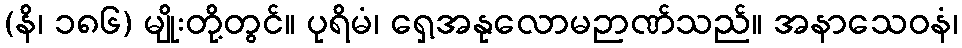
(နိ၊ ၁၈၆) မျိုးတို့တွင်။ ပုရိမံ၊ ရှေ့အနုလောမဉာဏ်သည်။ အနာသေဝနံ၊